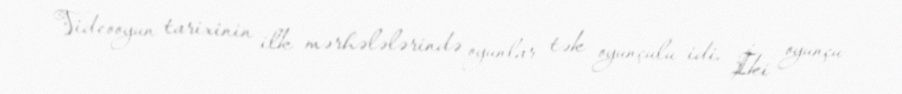
Videooyun tarixinin ilk mərhələlərində oyunlar tək oyunçulu idi. İki oyunçu